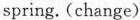
spring. (change)